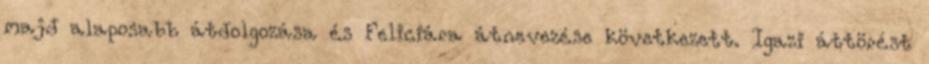
majd alaposabb átdolgozása és Feliciára átnevezése következett. Igazi áttörést